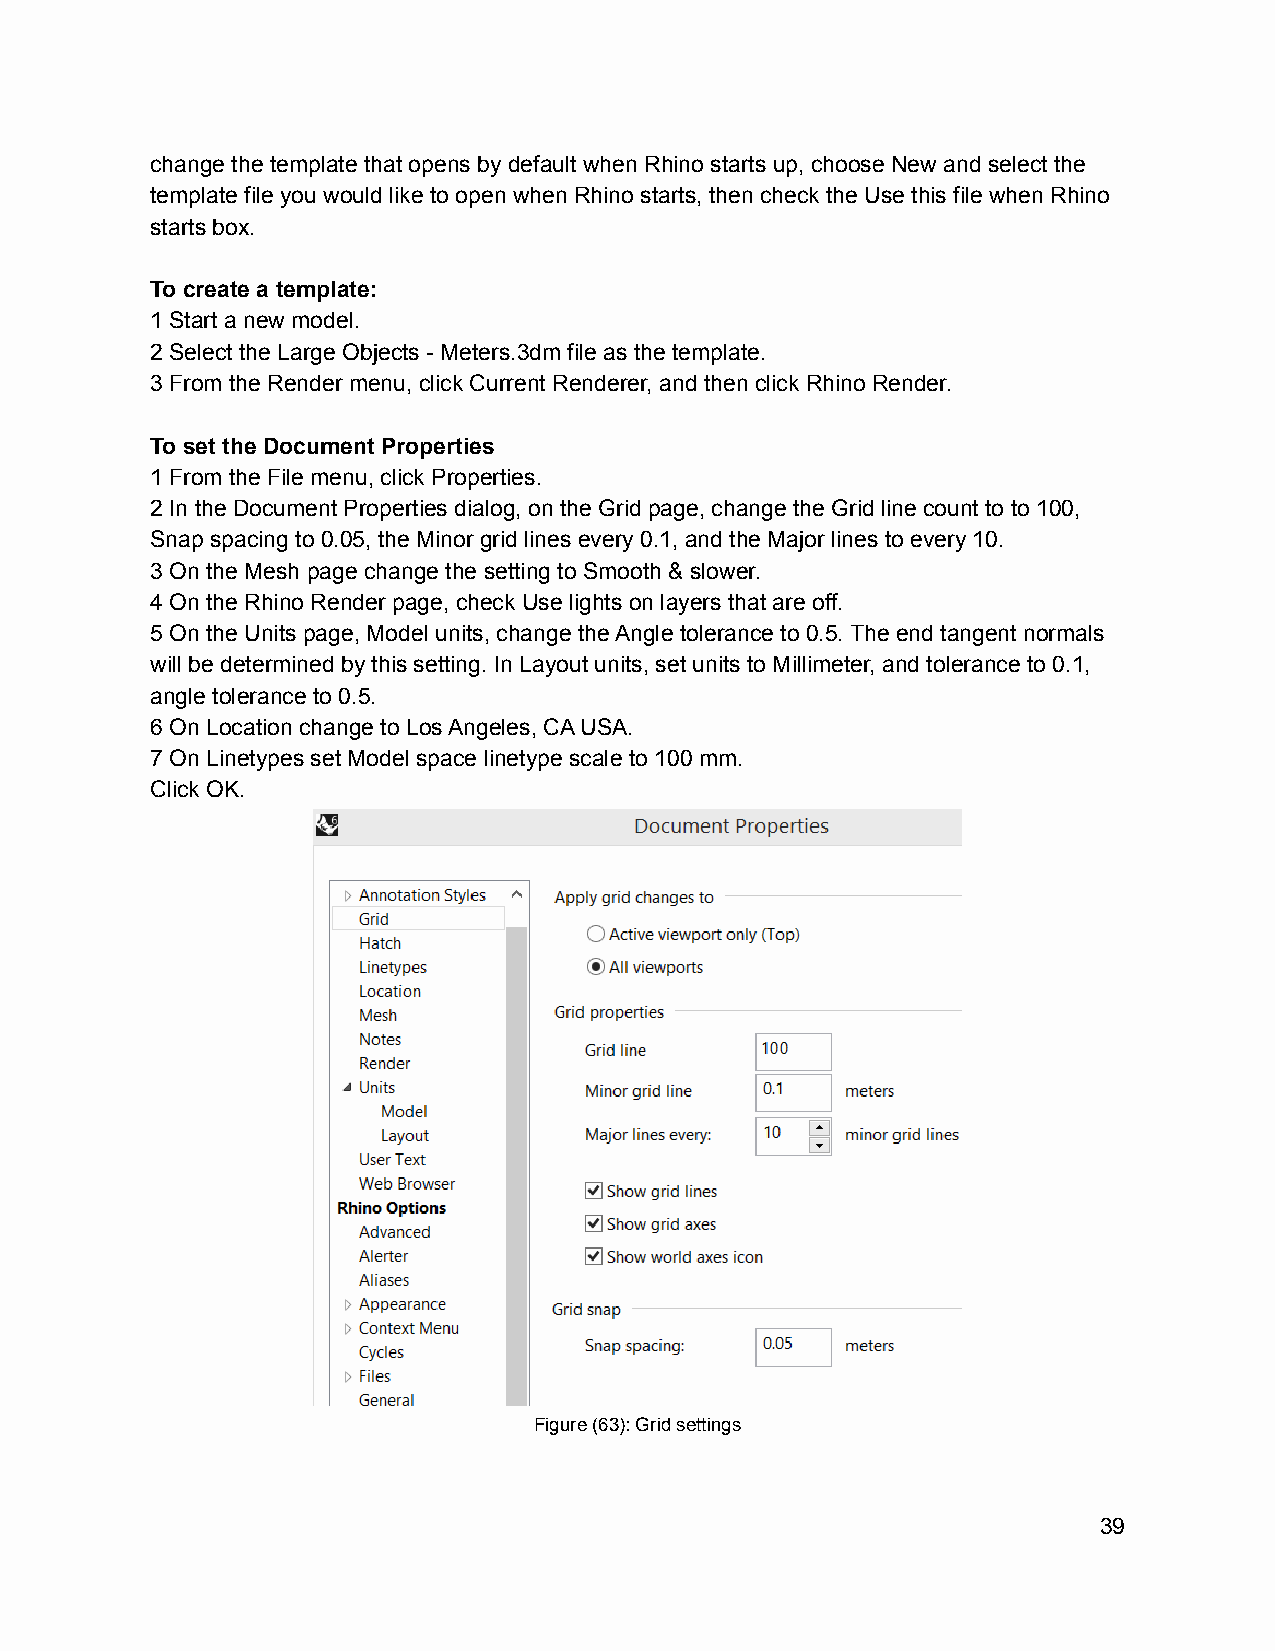
change the template that opens by default when Rhino starts up, choose New and select the
 template file you would like to open when Rhino starts, then check the Use this file when Rhino
 starts box.
 To create a template:
 1 Start a new model.
 2 Select the Large Objects - Meters.3dm file as the template.
 3 From the Render menu, click Current Renderer, and then click Rhino Render.
 To set the Document Properties
 1 From the File menu, click Properties.
 2 In the Document Properties dialog, on the Grid page, change the Grid line count to to 100,
 Snap spacing to 0.05, the Minor grid lines every 0.1, and the Major lines to every 10.
 3 On the Mesh page change the setting to Smooth & slower.
 4 On the Rhino Render page, check Use lights on layers that are off.
 5 On the Units page, Model units, change the Angle tolerance to 0.5. The end tangent normals
 will be determined by this setting. In Layout units, set units to Millimeter, and tolerance to 0.1,
 angle tolerance to 0.5.
 6 On Location change to Los Angeles, CA USA.
 7 On Linetypes set Model space linetype scale to 100 mm.
 Click OK.
 Figure (63): Grid settings
 39